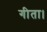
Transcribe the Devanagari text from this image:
गीता।